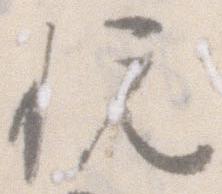
悦